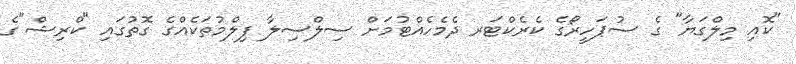
"ކޮއި މިލްގަޔާ" ގެ ސުޕަހީރޯގެ ކެރެކްޓަރ ދެމެހެއްޓުމަށް ސިލްސިލާ ފިލްމުތަކެއްގެ ގޮތުގައި "ކްރިޝް"ގެ